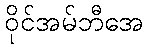
ဝိုင်အမ်ဘီအေ